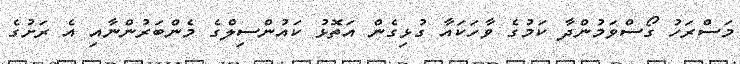
މަސްރަހު ގޯސްވަމުންދާ ކަމުގެ ވާހަކައާ ގުޅިގެން އަތޮޅު ކައުންސިލްގެ މެންބަރުންނާއި އެ ރަށުގެ